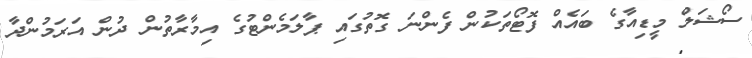
ސޯޝަލް މީޑިއާގެ ބައެއް ފޮޓޯތަކުން ފެންނަ ގޮތުގައި ޕާލަމެންޓުގެ އިމާރާތުން ދުން އަރަމުންދާ